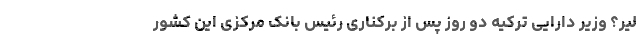
لیر؟ وزیر دارایی ترکیه دو روز پس از برکناری رئیس‌ بانک مرکزی این کشور